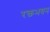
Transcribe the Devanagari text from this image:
रक्तभवन